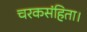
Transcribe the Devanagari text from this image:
चरकसंहिता।